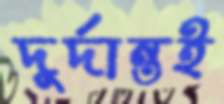
দুর্দান্তই